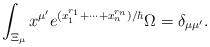
LaTeX: \begin{align*}\int_{\Xi_{\mu}} x^{\mu'} e^{(x_1^{r_1} + \cdots + x_n^{r_n}) / \hbar} \Omega = \delta_{\mu \mu'}.\end{align*}